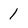
Character: 1